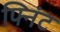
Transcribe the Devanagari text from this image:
फ्निंट